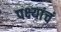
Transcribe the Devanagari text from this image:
पक्ष्यांचं